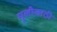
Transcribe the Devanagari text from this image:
मुलीसाठी